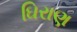
ઘિરાણ